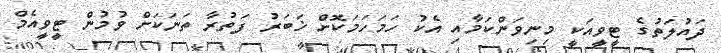
ދައުލަތުގެ ޓީވީއަކީ މިނިވަންކަމާއި އެކު ހަމަހަމަކޮށް ޚަބަރު ފަތުރާ ތަނަކަށް ވުމުން ޓީވީއެމް